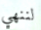
لننهي